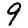
Digit: 9